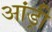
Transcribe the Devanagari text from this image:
आंड्री